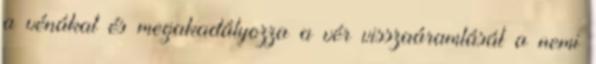
a vénákat és megakadályozza a vér visszaáramlását a nemi